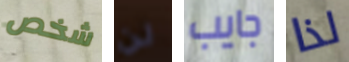
شخص لن جايب لذا